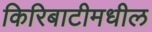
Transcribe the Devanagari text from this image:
किरिबाटीमधील